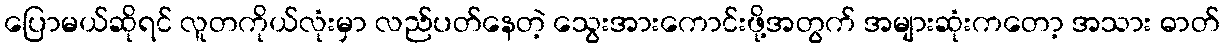
ပြောမယ်ဆိုရင် လူတကိုယ်လုံးမှာ လည်ပတ်နေတဲ့ သွေးအားကောင်းဖို့အတွက် အများဆုံးကတော့ အသား ဓာတ်